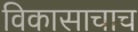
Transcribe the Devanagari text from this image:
विकासाचाच